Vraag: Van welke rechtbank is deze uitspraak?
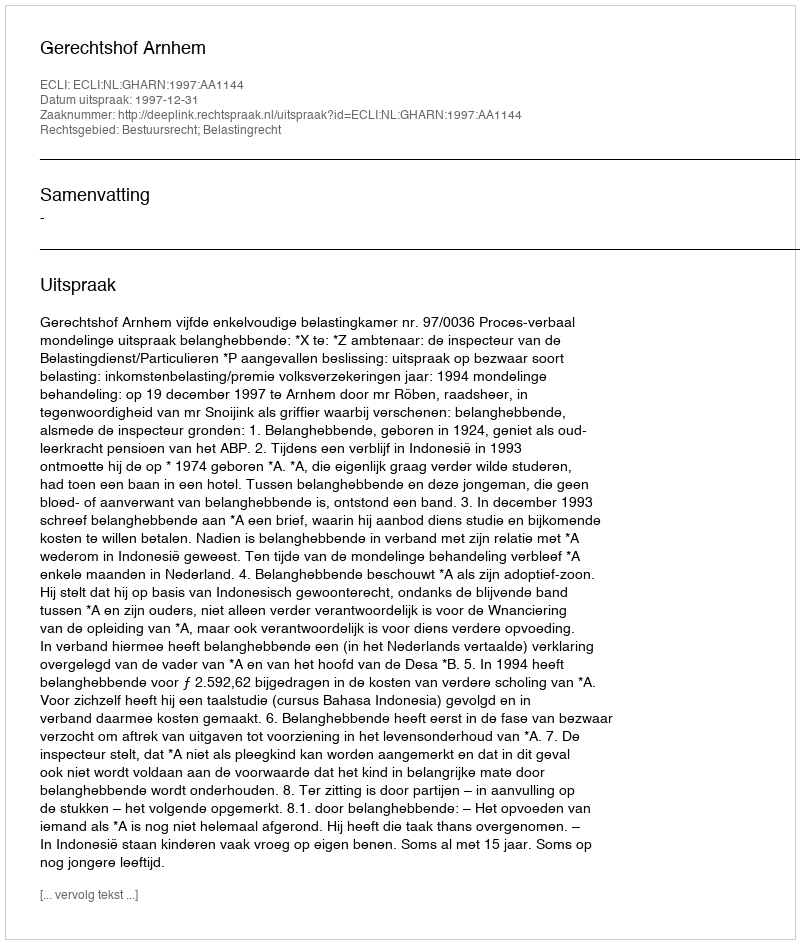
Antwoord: Gerechtshof Arnhem